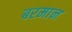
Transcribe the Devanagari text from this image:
बरमान